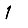
Digit: 1